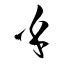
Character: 乎